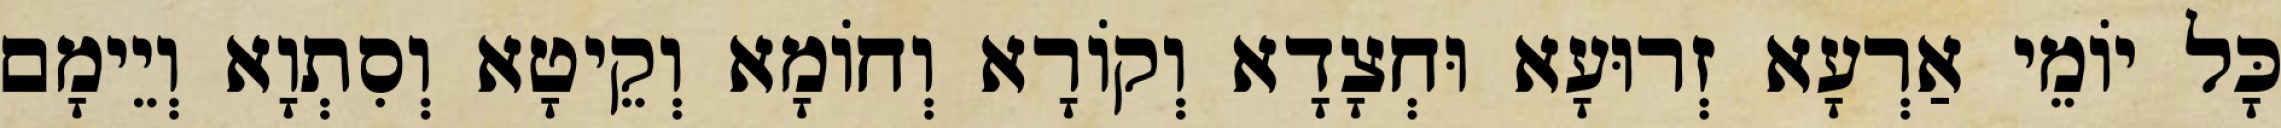
כָּל יוֹמֵי אַרְעָא זְרוּעָא וּחְצָדָא וְקוֹרָא וְחוֹמָא וְקֵיטָא וְסִתְוָא וְיֵימָם